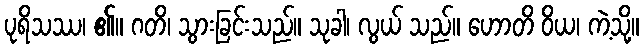
ပုရိသဿ၊ ၏။ ဂတိ၊ သွားခြင်းသည်။ သုခါ၊ လွယ် သည်။ ဟောတိ ဝိယ၊ ကဲ့သို့။